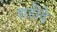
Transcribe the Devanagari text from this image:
शहीदे